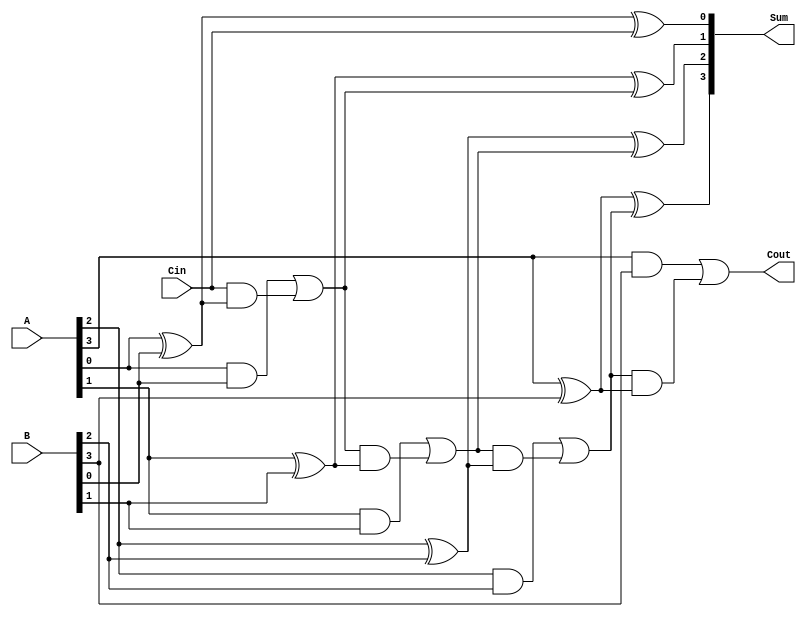
module ParallelFullAdder #(
    parameter n = 4  // default to 4 bits, can be changed as needed
)(
    input  [n-1:0] A,    // First operand
    input  [n-1:0] B,    // Second operand
    input         Cin,    // Carry input
    output [n-1:0] Sum,   // Sum output
    output        Cout     // Carry output
);

    wire [n:0] C; // Carry array, C[0] = Cin, C[n] = Cout

    // Assign the carry-in
    assign C[0] = Cin;

    // Generate full adders for each bit position
    genvar i;
    generate
        for (i = 0; i < n; i = i + 1) begin : full_adder
            wire A_i = A[i];
            wire B_i = B[i];
            wire C_i = C[i]; // Carry input for the current Full Adder

            // Sum and Carry logic for each full adder
            assign Sum[i] = A_i ^ B_i ^ C_i; // Sum calculation
            assign C[i + 1] = (A_i & B_i) | (C_i & (A_i ^ B_i)); // Carry calculation
        end
    endgenerate

    // Assign the final carry out
    assign Cout = C[n];

endmodule